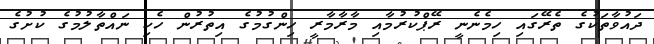
ދައުވާތަކުގެ ތެރޭގައި ހިމެނެނީ ރޭޕްކުރުމާއި މާރާމާރީ ހިންގުމުގެ އިތުރުން ހެކި ނައްތާލުމުގެ ކުށުގެ